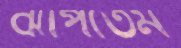
ঝাঁপতেম